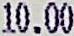
10.00